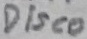
Text: Disco